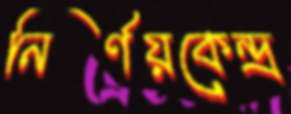
নির্ণয়কেন্দ্র